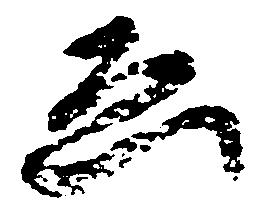
ゑ